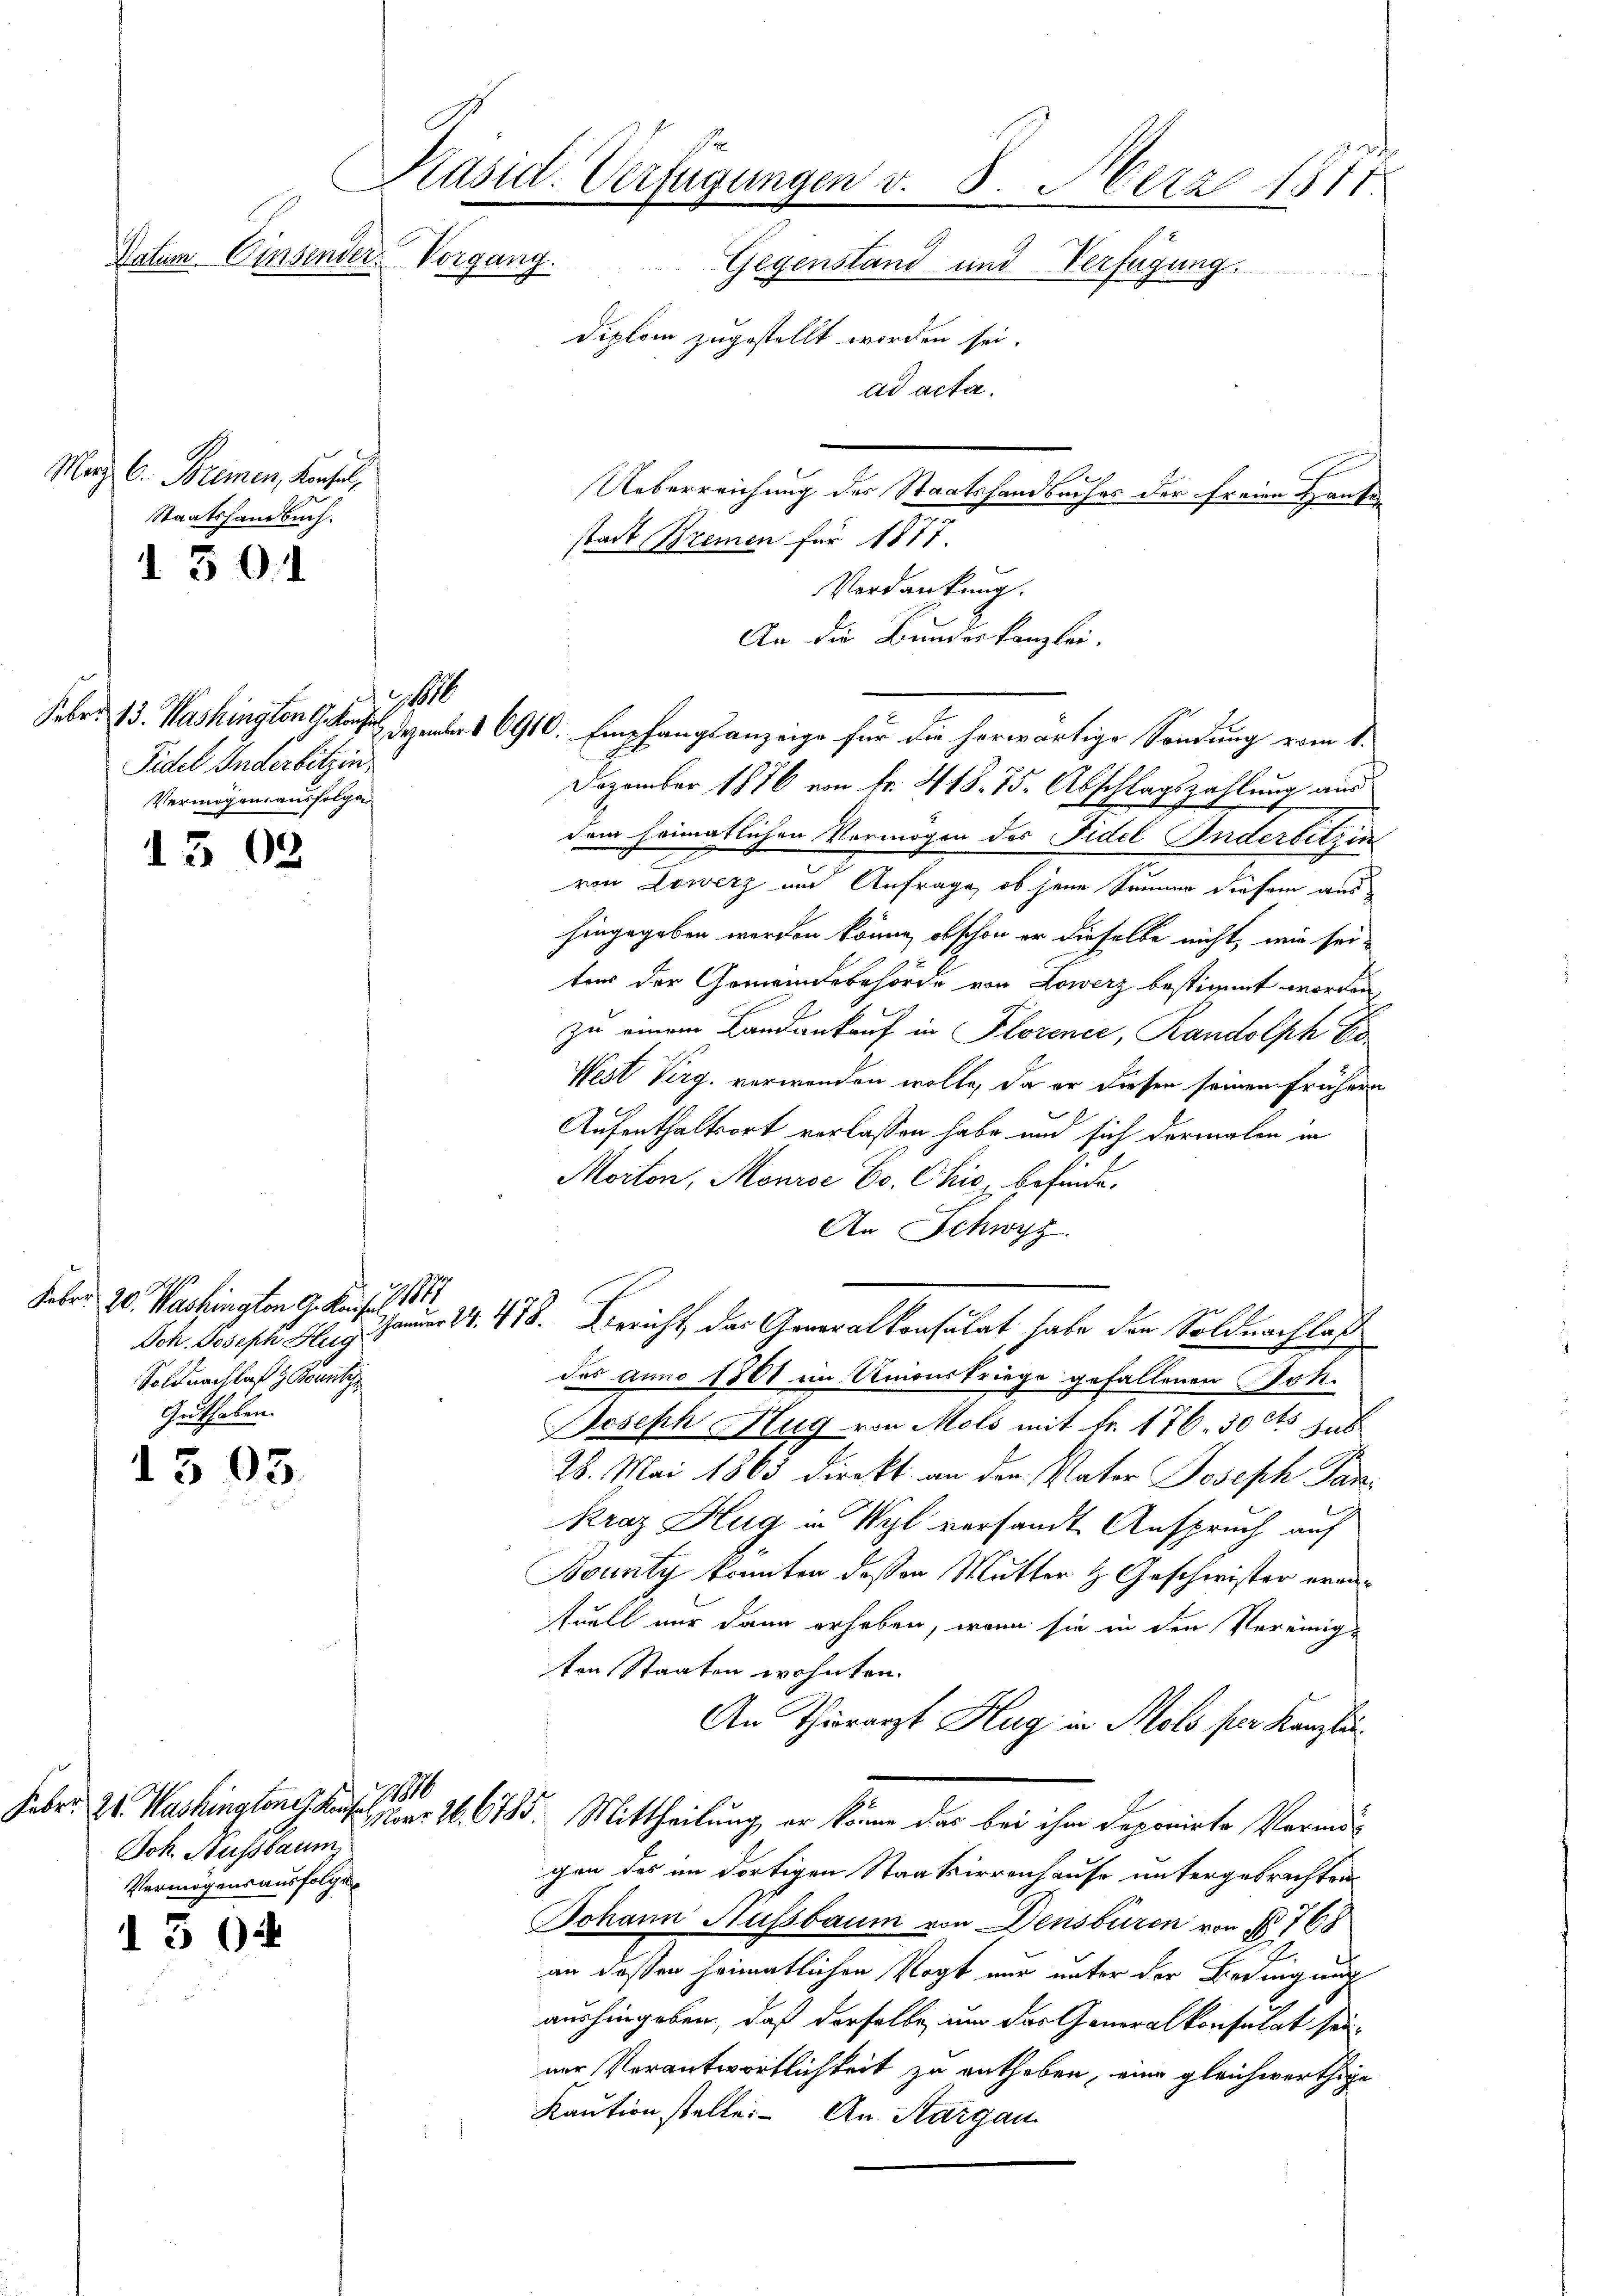
1. 501

Präsid. Verfügungen v. 8. Merz 1871.
Datum. Einsender Vorgang.
Gegenstand und Verfügung.
Diplom zugestellt worden sei.
ad acta.
Mag. 6. Bremen, Konsul,
Ueberreichung des Staatshandbuches der freien Hause
Staatshandbuch.
stadt Bremen für 1877

Fidel In derbitrin
Vermögensausfolgen

1302

Febr. 20. Washington G. Kaisel 1874
Soldnachlaß z. Bonitz
Guthaben.

1505.

Febr. 24. Washingten d. 1880
Joh. Aussbaum
Vermögensausfolge

3

180

Verdankung.
An die Bundeskanzlei.
Feber 13. Washington K. Dezember 1910. Empfangsanzeige für die herwärtige Sendung vom 1.
e
Dezember 1876 von Fr. 418. 75. Abschlagszahlung aus
dem heimatlichen Vermögen des Fidel Inderbitzin
n
von Lowerz und Anfrage, ob jene Summe diesem aus-
hingegeben werden könne, obschon er dieselbe nicht, wie seites der Gemeindebehörde von Lowerz bestimmt worden,
zu einem Landankauf in Plorence, Randolph Es
West Virg. verwenden wolle, da er diesen seinen früher
Aufenthaltsort verlassen habe und sich dermalen in
Morton, Monroc Co. Chio, befinde.
An Schwyz.
Sch. Joseph S. 44. 478. Bericht, das Generalkonsulat, habe den Soldnachlas
des anno 1868 im Unionskriege gefallenen Joh.
Joseph Hug von Mols mit fr. 176. 30 cts sub
28. Mai 1865 direkt an den Vater Joseph Par¬
Kraz Hug in Wyl versandt Anspruch auf
Bounty konnten deßen Mutter & Geschwister eranfuell nur dann erheben, wenn sie in den Vereinig-
ton Staaten wohnten.
An Thierarzt Hug in Molo per Kanzli
2 No 26. 6785. Mittheilung, er könne das bei ihm deponirte Vormu
gen des im dortigen Staatsirrenhause untergebrachten
Johann Aussbaum von Densburen von No 768
an deßen heimatlichen Vogt nur unter der Bedingung
2
aushingeben, daß derselbe um das Generalkonsulat seiner Verantwortlichkeit zu entheben, eine gleichwerthige
Kaution stelle. — An Sargau